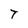
Character: T